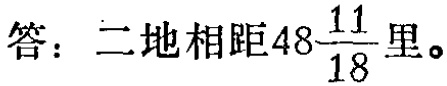
答：二地相距\(48\frac{11}{18}\)里。